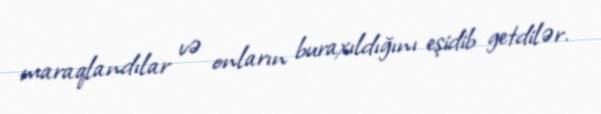
maraqlandılar və onların buraxıldığını eşidib getdilər.